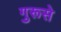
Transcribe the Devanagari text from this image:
गुरूसे